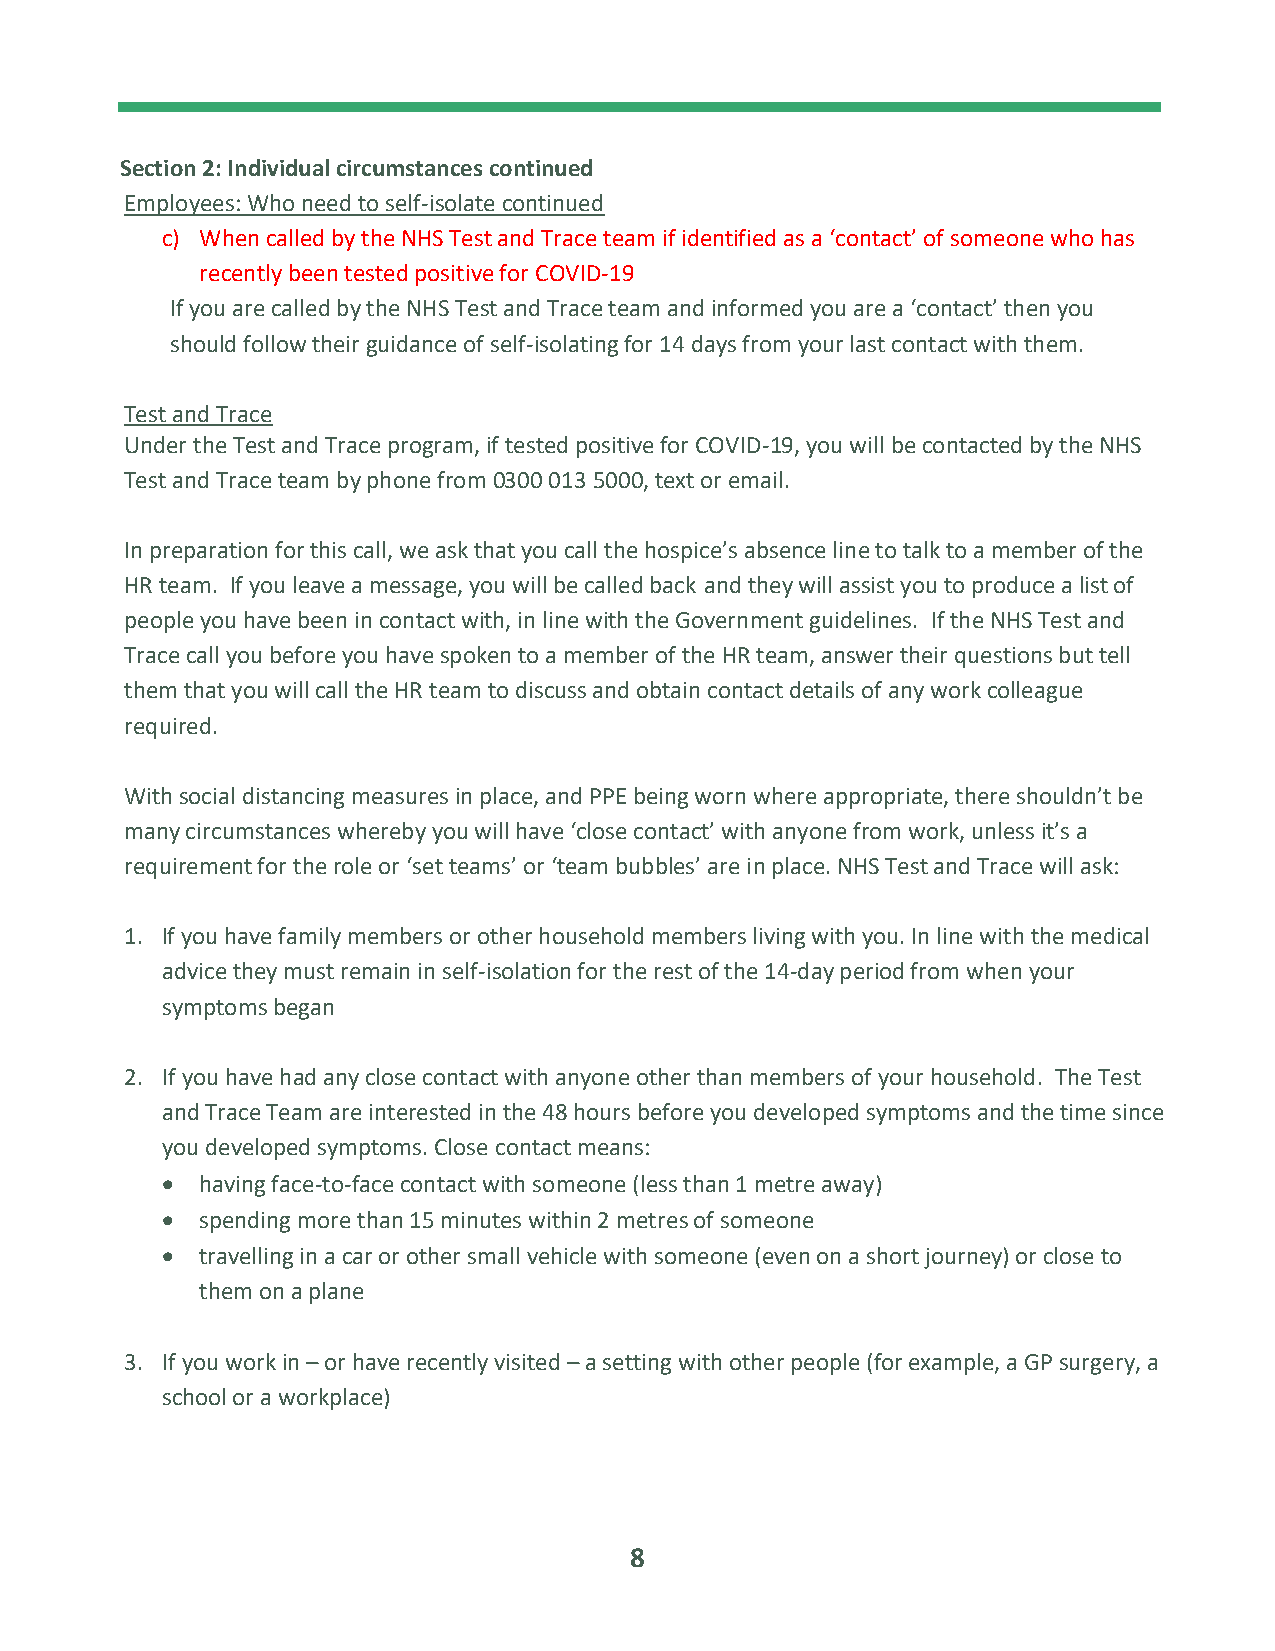
Section 2: Individual circumstances continued
 Employees: Who need to self-isolate continued
 c) When called by the NHS Test and Trace team if identified as a ‘contact’ of someone who has
 recently been tested positive for COVID-19
 If you are called by the NHS Test and Trace team and informed you are a ‘contact’ then you
 should follow their guidance of self-isolating for 14 days from your last contact with them.
 Test and Trace
 Under the Test and Trace program, if tested positive for COVID-19, you will be contacted by the NHS
 Test and Trace team by phone from 0300 013 5000, text or email.
 In preparation for this call, we ask that you call the hospice’s absence line to talk to a member of the
 HR team. If you leave a message, you will be called back and they will assist you to produce a list of
 people you have been in contact with, in line with the Government guidelines. If the NHS Test and
 Trace call you before you have spoken to a member of the HR team, answer their questions but tell
 them that you will call the HR team to discuss and obtain contact details of any work colleague
 required.
 With social distancing measures in place, and PPE being worn where appropriate, there shouldn’t be
 many circumstances whereby you will have ‘close contact’ with anyone from work, unless it’s a
 requirement for the role or ‘set teams’ or ‘team bubbles’ are in place. NHS Test and Trace will ask:
 1. If you have family members or other household members living with you. In line with the medical
 advice they must remain in self-isolation for the rest of the 14-day period from when your
 symptoms began
 2. If you have had any close contact with anyone other than members of your household. The Test
 and Trace Team are interested in the 48 hours before you developed symptoms and the time since
 you developed symptoms. Close contact means:
 • having face-to-face contact with someone (less than 1 metre away)
 • spending more than 15 minutes within 2 metres of someone
 • travelling in a car or other small vehicle with someone (even on a short journey) or close to
 them on a plane
 3. If you work in – or have recently visited – a setting with other people (for example, a GP surgery, a
 school or a workplace)
 8